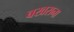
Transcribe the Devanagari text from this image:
बखराना